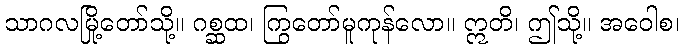
သာဂလမြို့တော်သို့။ ဂစ္ဆထ၊ ကြွတော်မူကုန်လော။ ဣတိ၊ ဤသို့။ အဝေါစ၊